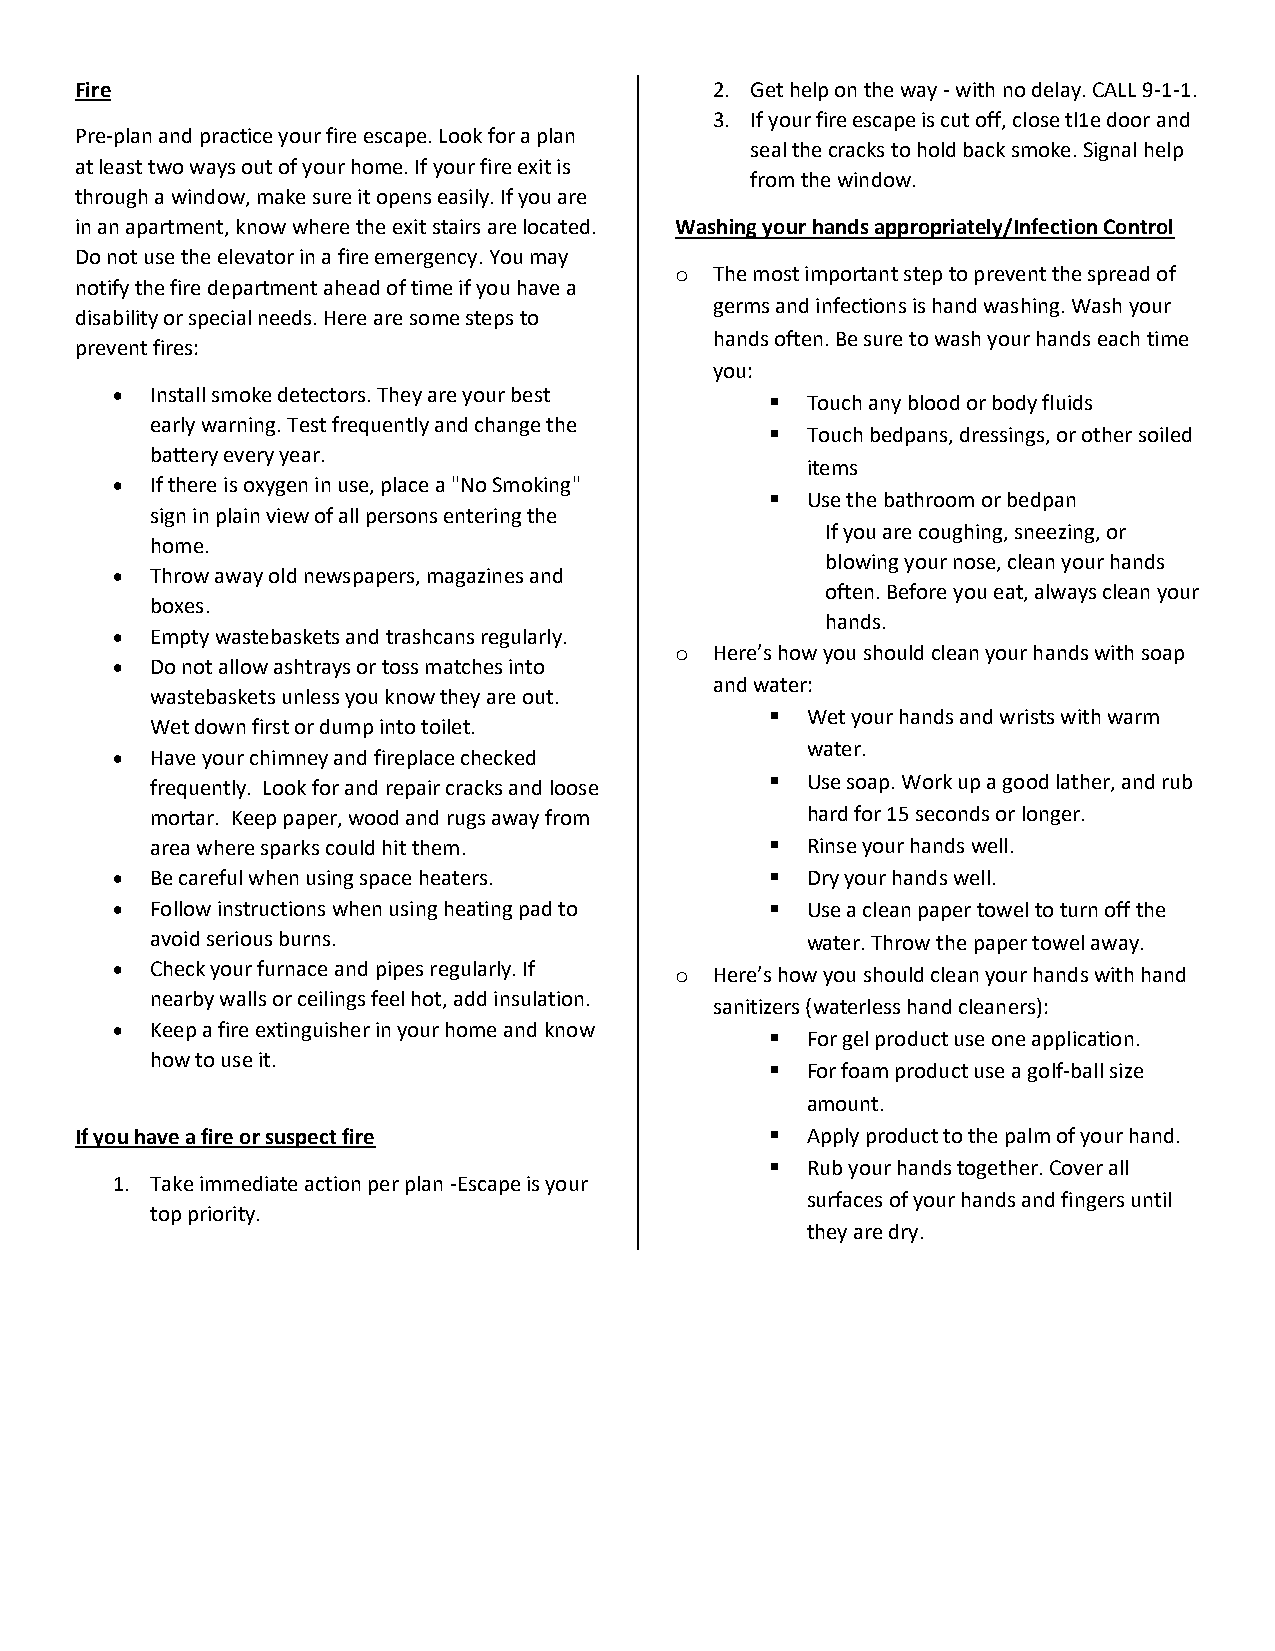
Fire                                      2. Get help on the way - with no delay. CALL 9-1-1.
 3. If your fire escape is cut off, close tl1e door and
 Pre-plan and practice your fire escape. Look for a plan
 seal the cracks to hold back smoke. Signal help
 at least two ways out of your home. If your fire exit is
 from the window.
 through a window, make sure it opens easily. If you are
 in an apartment, know where the exit stairs are located. Washing your hands appropriately/Infection Control
 Do not use the elevator in a fire emergency. You may
 o The most important step to prevent the spread of
 notify the fire department ahead of time if you have a
 germs and infections is hand washing. Wash your
 disability or special needs. Here are some steps to
 hands often. Be sure to wash your hands each time
 prevent fires:
 you:
 •  Install smoke detectors. They are your best ▪ Touch any blood or body fluids
 early warning. Test frequently and change the
 ▪ Touch bedpans, dressings, or other soiled
 battery every year.
 items
 •  If there is oxygen in use, place a "No Smoking"
 ▪ Use the bathroom or bedpan
 sign in plain view of all persons entering the
 If you are coughing, sneezing, or
 home.
 blowing your nose, clean your hands
 •  Throw away old newspapers, magazines and
 often. Before you eat, always clean your
 boxes.
 hands.
 •  Empty wastebaskets and trashcans regularly.
 o Here’s how you should clean your hands with soap
 •  Do not allow ashtrays or toss matches into
 and water:
 wastebaskets unless you know they are out.
 ▪ Wet your hands and wrists with warm
 Wet down first or dump into toilet.
 water.
 •  Have your chimney and fireplace checked
 frequently. Look for and repair cracks and loose ▪ Use soap. Work up a good lather, and rub
 mortar. Keep paper, wood and rugs away from hard for 15 seconds or longer.
 area where sparks could hit them.        ▪ Rinse your hands well.
 •  Be careful when using space heaters.     ▪ Dry your hands well.
 •  Follow instructions when using heating pad to ▪ Use a clean paper towel to turn off the
 avoid serious burns.                       water. Throw the paper towel away.
 •  Check your furnace and pipes regularly. If o Here’s how you should clean your hands with hand
 nearby walls or ceilings feel hot, add insulation.
 sanitizers (waterless hand cleaners):
 •  Keep a fire extinguisher in your home and know
 ▪ For gel product use one application.
 how to use it.
 ▪ For foam product use a golf-ball size
 amount.
 If you have a fire or suspect fire            ▪ Apply product to the palm of your hand.
 ▪ Rub your hands together. Cover all
 1. Take immediate action per plan -Escape is your
 surfaces of your hands and fingers until
 top priority.
 they are dry.